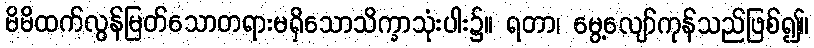
မိမိထက်လွန်မြတ်သောတရားမရှိသောသိက္ခာသုံးပါး၌။ ရတာ၊ မွေ့လျော်ကုန်သည်ဖြစ်၍။